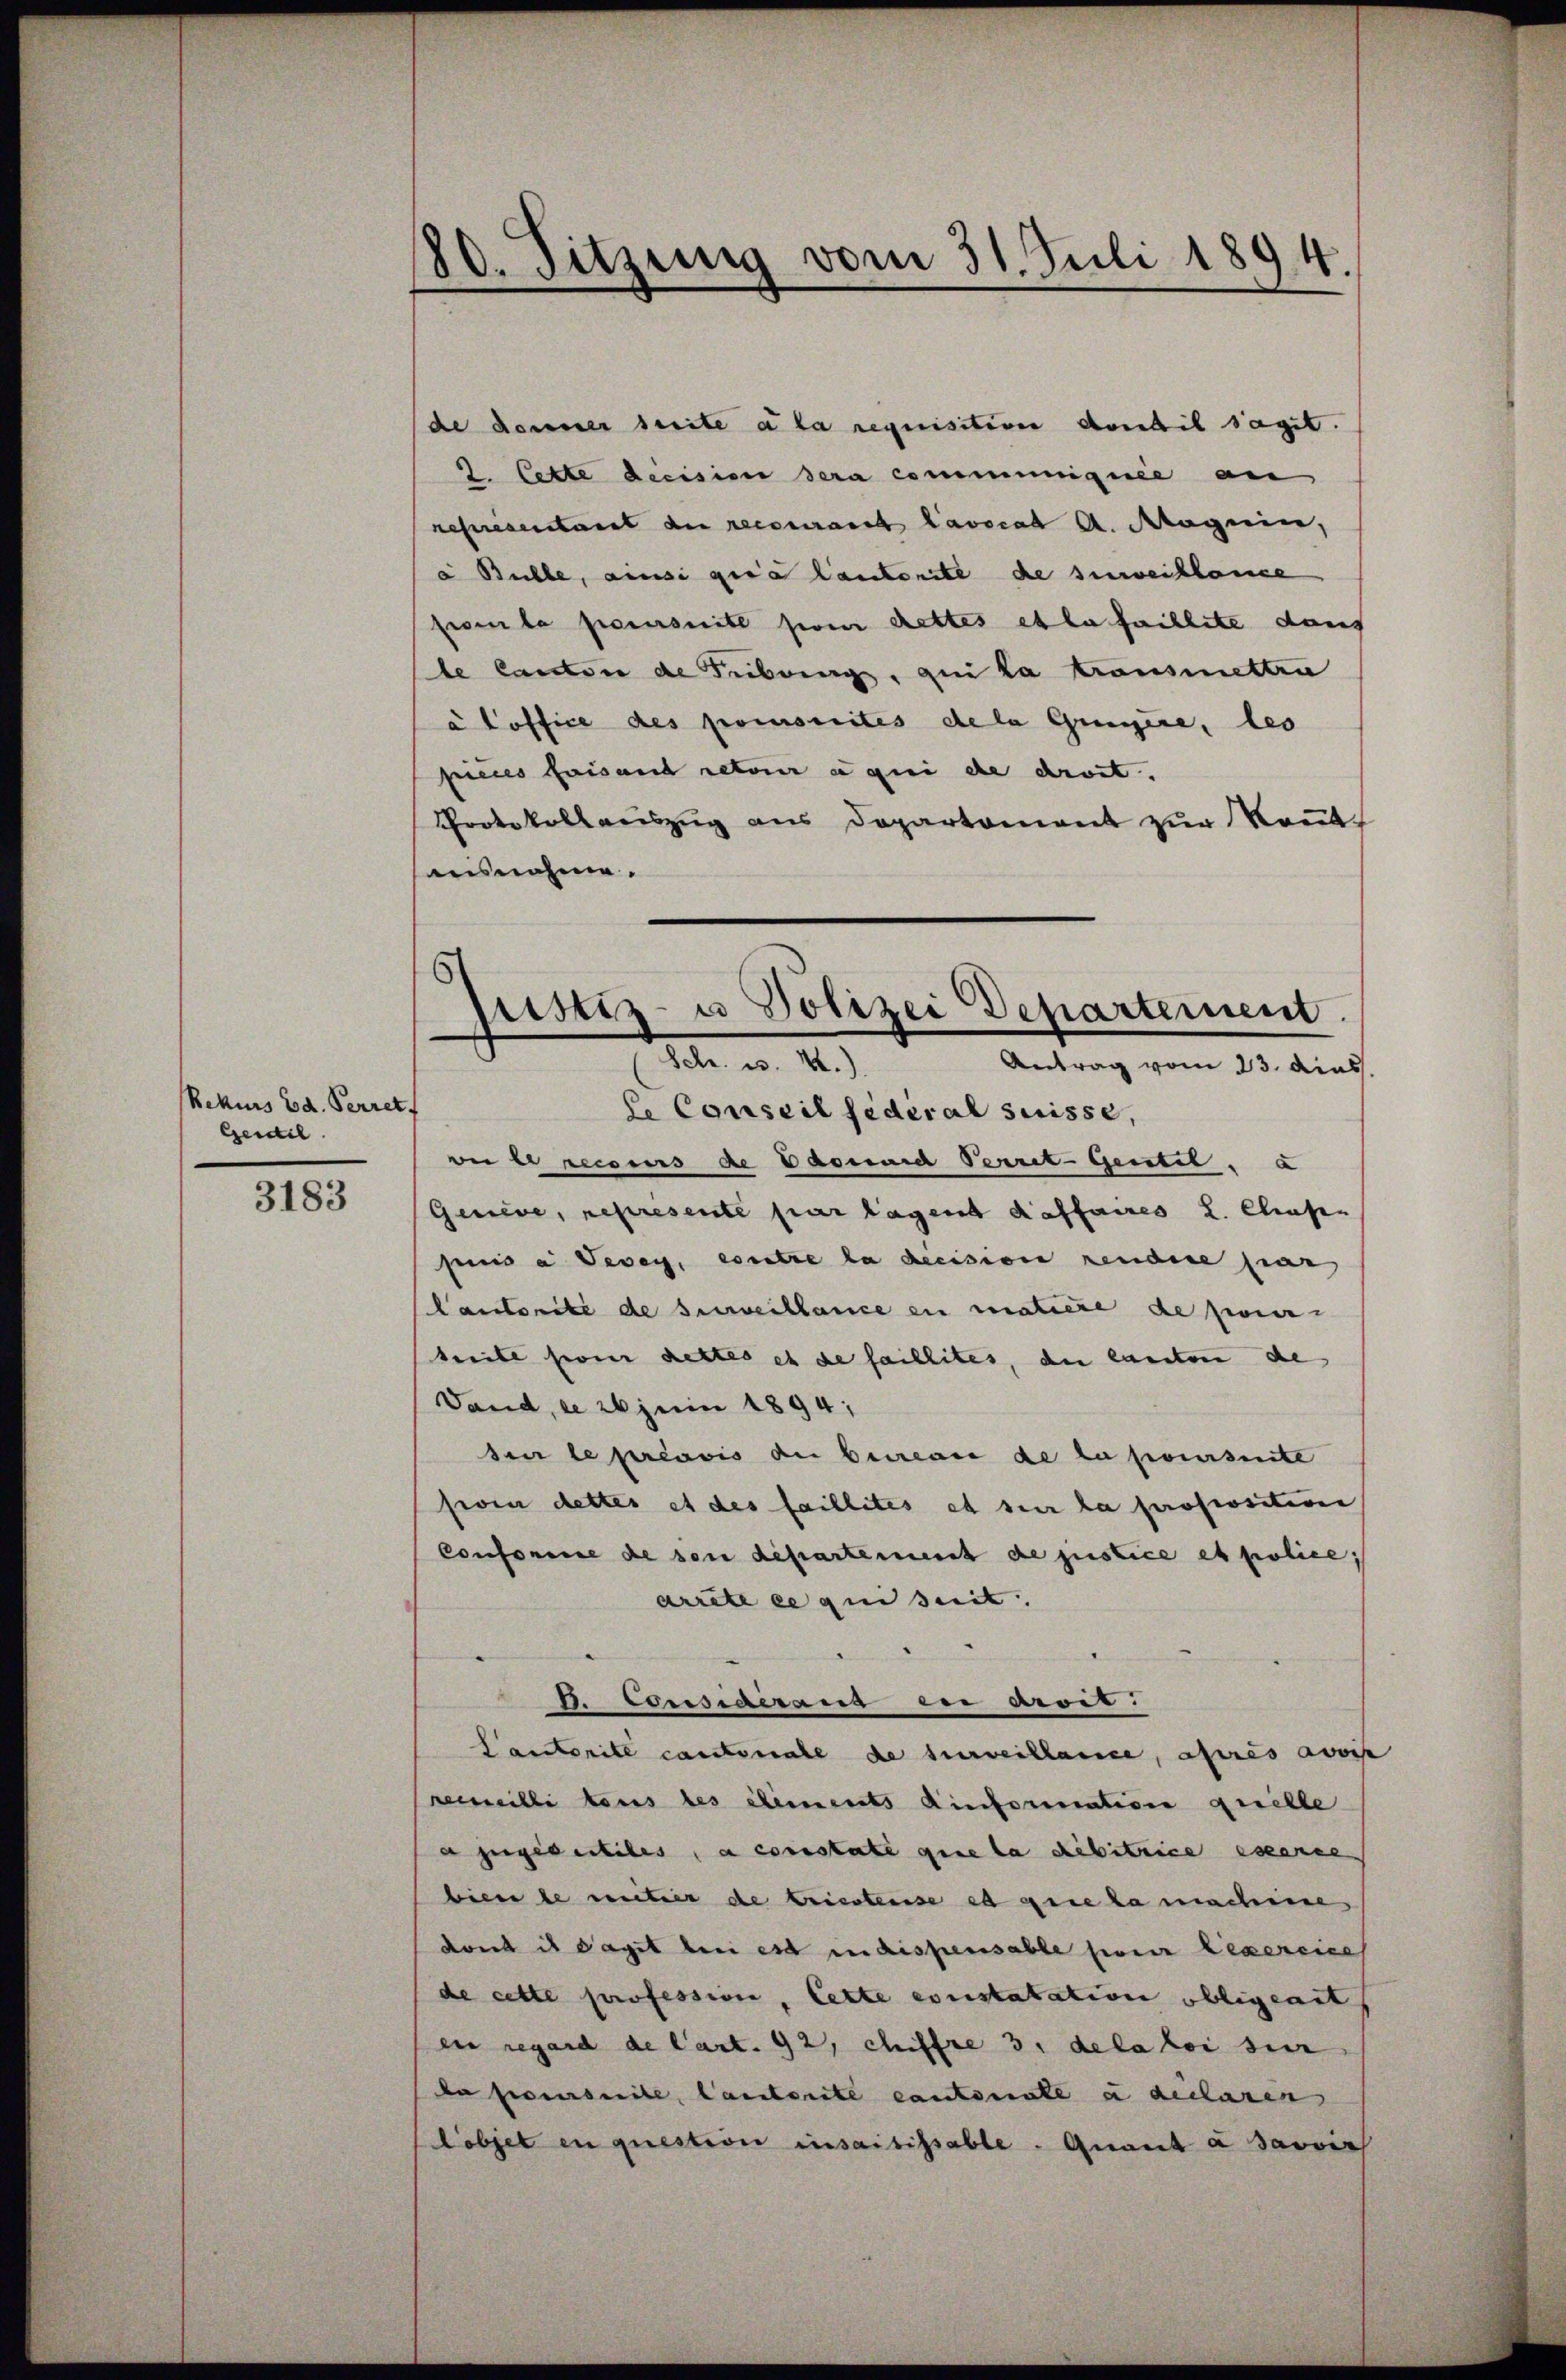
Rekurs Ed. Perrett
Geidel.

3183

80. Sitzung vom 31. Juli 1894

de dauer seite a la requisition dont il sagt.
2. Cette decision sera communiquée au
representant der recourant Lavocat A. Magnin,
à Bulle, ainsi quia lauterste de surveillonse
fronte poursuite pour cettes et la faillite dans
le Cantone de Tribung, qui la transmettra
a Poffice des poursuites de la Grenzire, les
pieces faisans retour a qui de droit.
Protokollauszug aus Departement zur Kennt¬
Ausnahme.
le Conseil fédéral Suisse,
oer le recours de Dannia Verrit-Gentel. a
Genève, represente par lagent daffaires L. Clausen
pnis a Vevey, eintre la decision rendere par
Cantorité de surveillance en matiere de paier
heite son dettes es de faillites, du canton de
Vand, de 26 Juni 1894;
seer le préavis du bureau de la poursuite
siven dettes et des faillites et sie la proposition
Conforie de son departement de justice et police,
arrête ce qui suit
4. Consideraus eni Aroit.
Cantorite cantonale de surveillance, après avoc
rermeilli tous les elements Einformation quelle
a zügigentiles, a constate que la debitrice esserne
biere de mieter de briestense es grie la machine
dries ist dagit bei est in dispensable serer Lexercice
de cette profession, lette ernstatation obligeart
ei regard de Cart. 92, chiffre 3. de la loi sur
da siverseite, lauterite cantenate u declaren
Lobjet en question insaisissable. Quant à savoir

justiz- u Polizei Departement.
 ao. 18
Antrag vom 23. dies